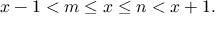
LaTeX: x - 1 < m \leq x \leq n < x + 1 .